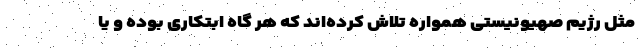
مثل رژیم صهیونیستی همواره تلاش کرده‌اند که هر گاه ابتکاری بوده و یا